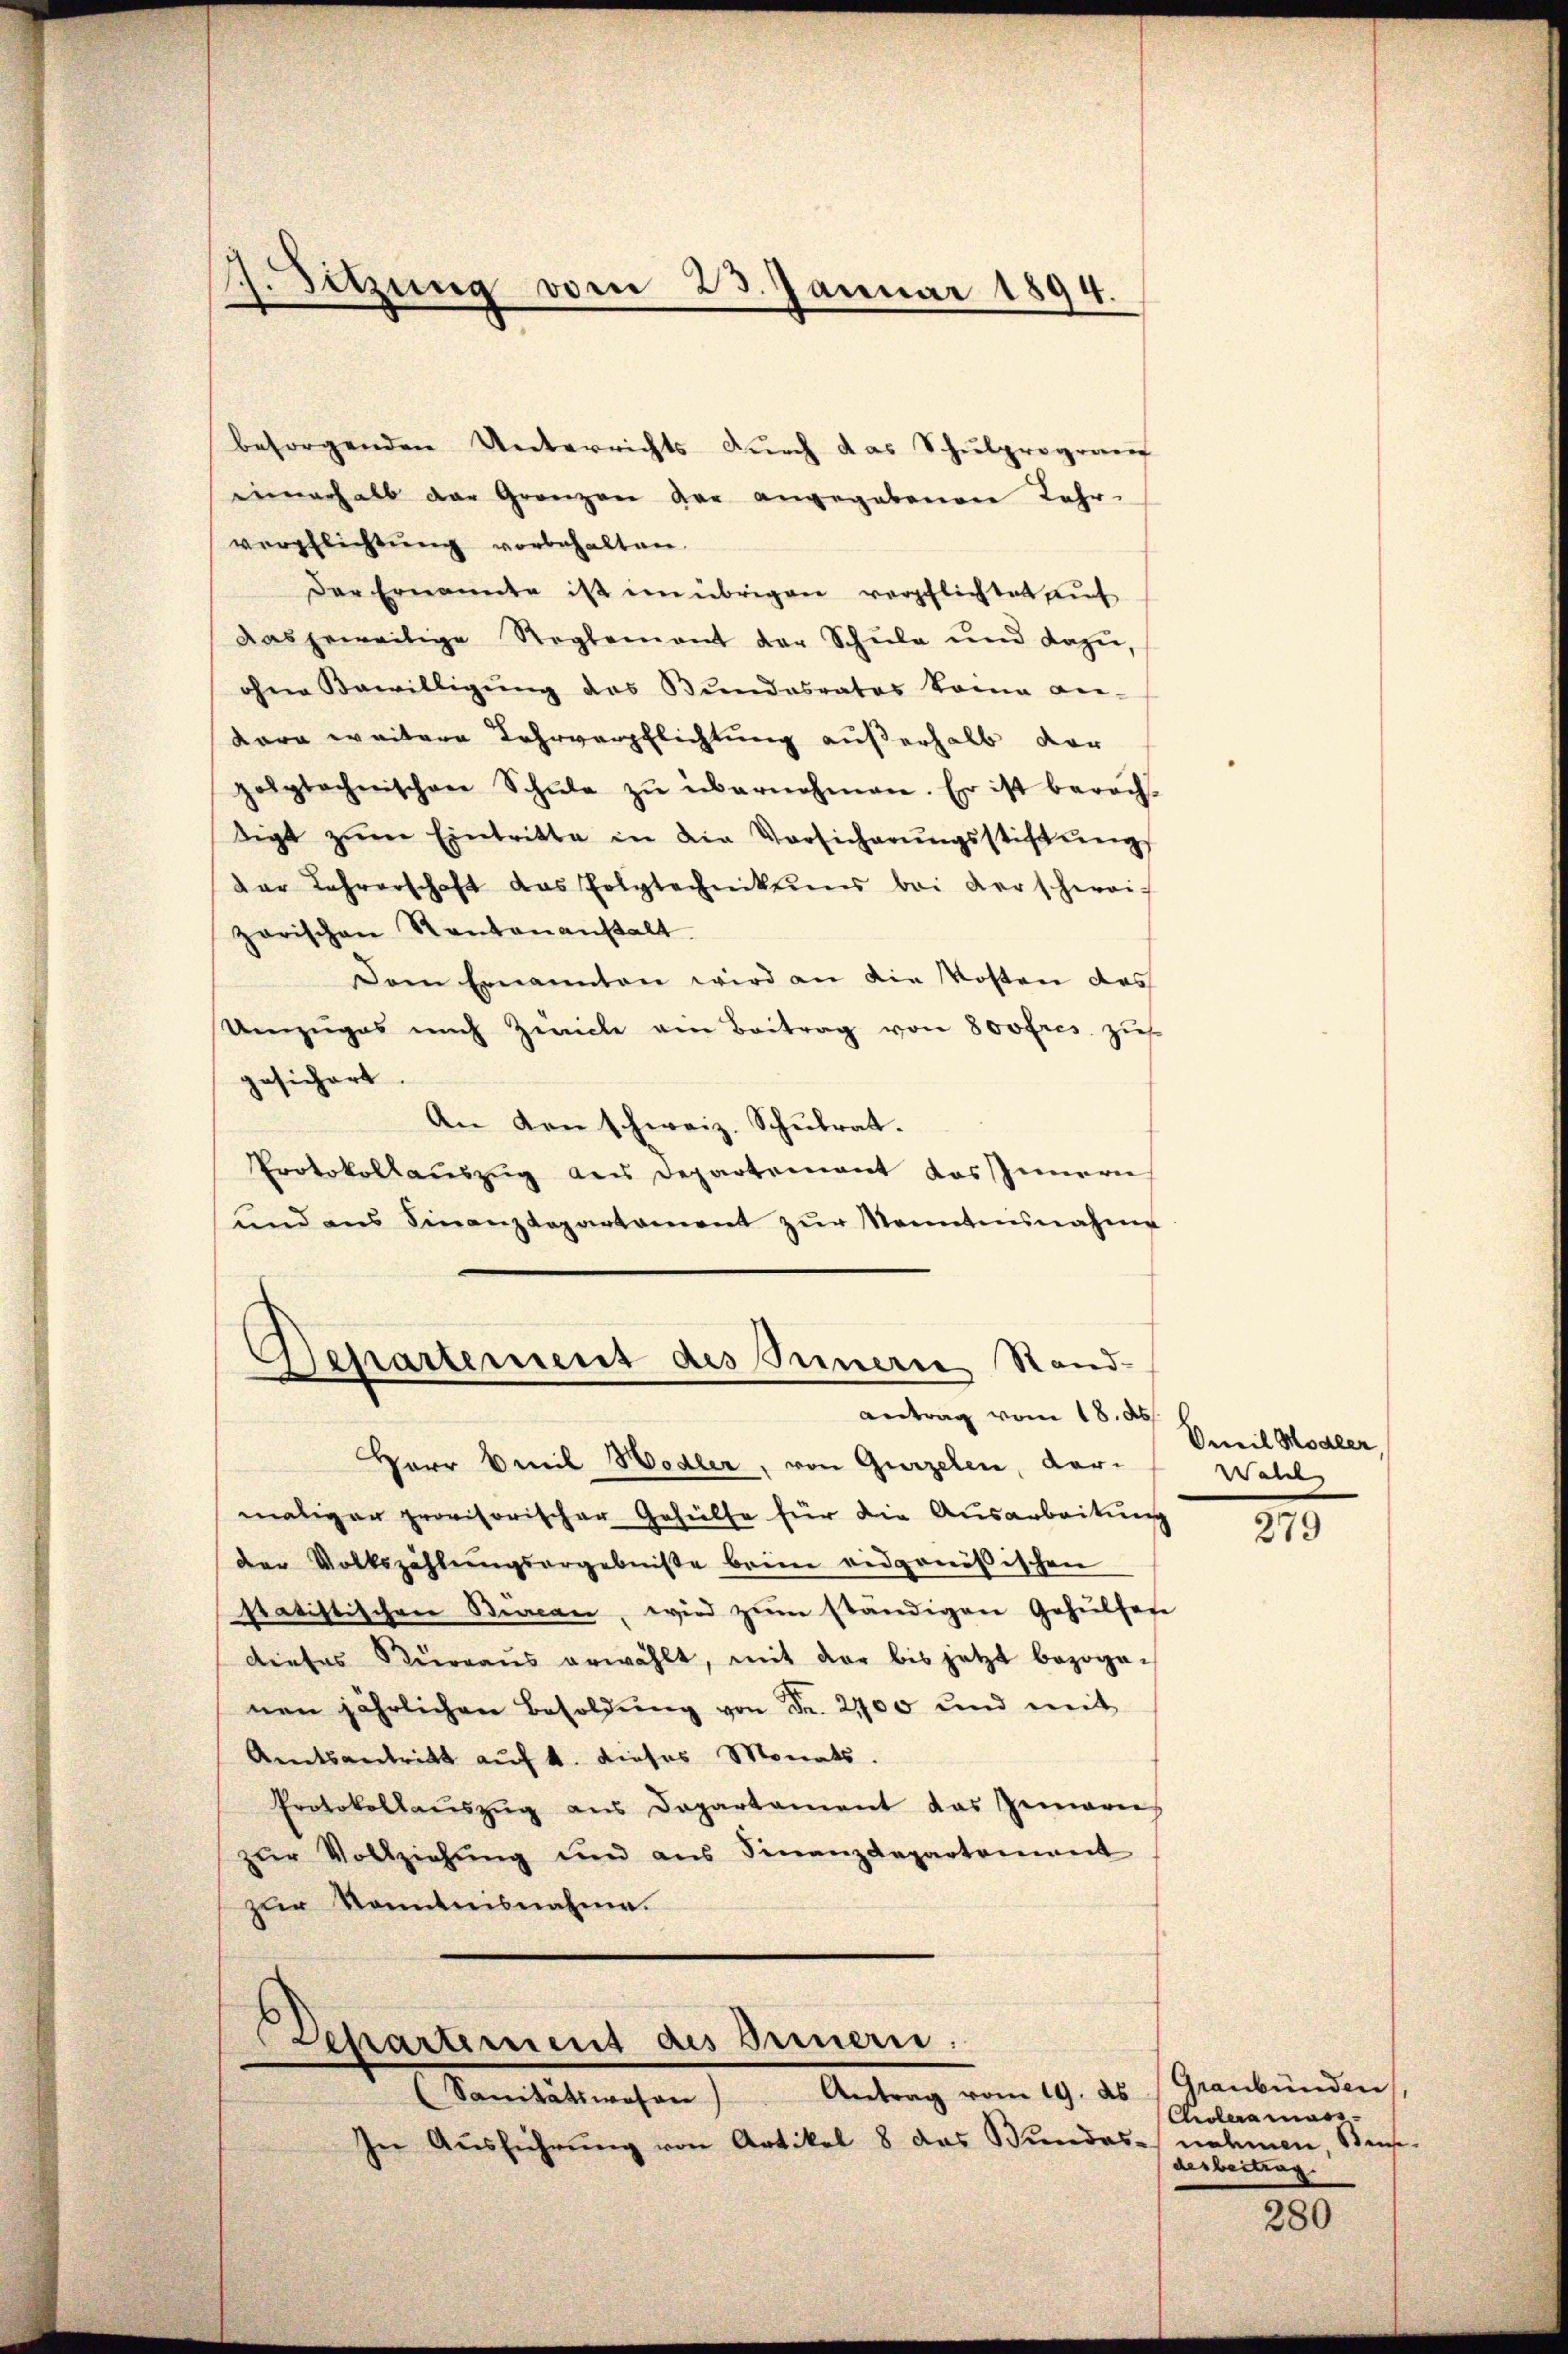
J. Sitzung vom 23. Januar 1894.

besorgenden Unterrichts durch das Schulprograuf
einerhalb der Grenzen der angegebenen Lehr-
verpflichtŭng vorbehalten.
Der Ernannte ist im übrigen verpflichtet auf
das jeweilige Reglement der Schŭle und dazu,
ohne Bewilligŭng des Bŭndesrates keine an-
Kara weitere Lehrverpflichtung außerhalb der
polytechnischen Schŭle zŭ übernehmen. Er ist berech-
tigt zŭm Eintritte in die Vorsicherŭngsstiftŭngs
dar Lehrerschaft das Polytechnikums bei derschweizarischen Kantonanstalt
Dem Ernannten wird an die Kosten das
Umzuges mich Zürich ein Beitrag von 800 fres. zus
gesichert
An den schweiz. Schulrat.
Protokollauszug aus Departement das Innern
und ans Finanzdepartament zŭr Kenntnisnahme

Departement des Innern Stand-
antrag vom 18. d.

Herr Emil Hodler, von Gurzelen, darmaligen provisorischer Gehülfe für die Ausarbeitung
der Volkszählŭngsergebniße beim eidgenößischen
statistischen Bircan, wird zŭm ständigen Gehülfen
dieses Büreaŭs erwählt, mit der bis jetzt bezogenen jährlichen Besoldŭng von Fr. 2700 und mit
Amtsantritt auf 4. dieses Monats.
Protokollauszug aus Departament das Zimaris
zur Vollziehung und aus Finanzdepartement
zur Kenntnisnahme.
Departement des Innern.
Sanitätswesen) Antrag vom 19. ds
In Ausführung von Artikel 8 das Bundes nehmen, Stun-

Oweil Modler,
Walch

279

Graubünden,
Choleramass
derbeitrag.

280